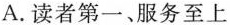
A.读者第一、服务至上